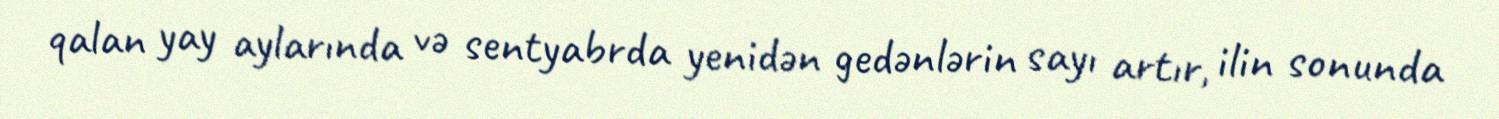
qalan yay aylarında və sentyabrda yenidən gedənlərin sayı artır, ilin sonunda